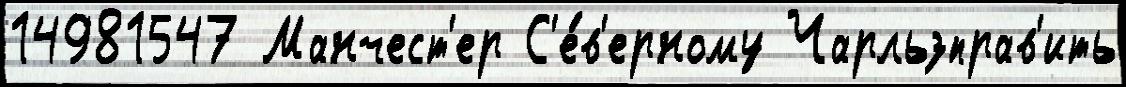
14981547 Манчест'ер С'е́в'ерному Чарльзправ'ить